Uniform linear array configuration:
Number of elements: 4
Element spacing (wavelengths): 0.25
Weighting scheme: hamming
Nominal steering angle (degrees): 0
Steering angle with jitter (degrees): -0.7874
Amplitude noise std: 0.05
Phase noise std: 0.05

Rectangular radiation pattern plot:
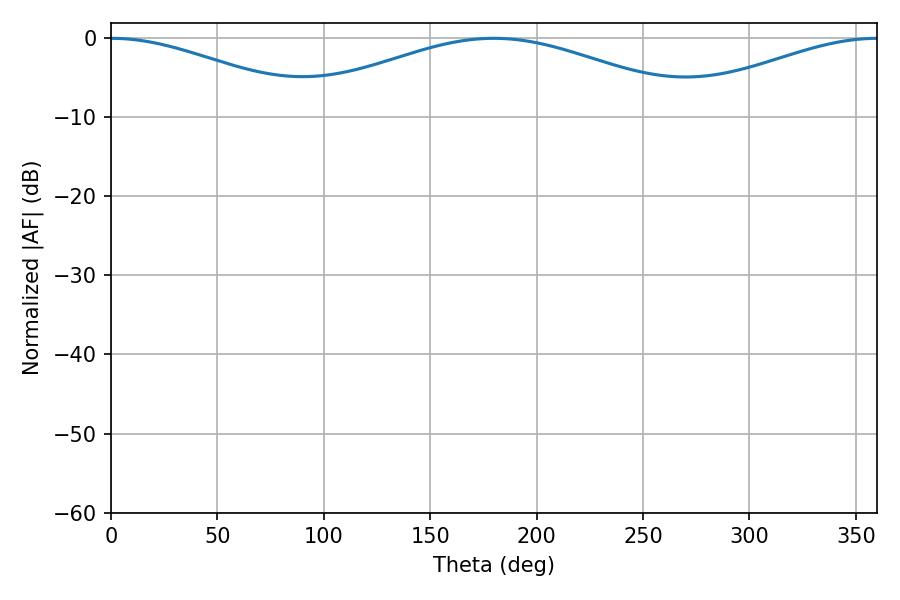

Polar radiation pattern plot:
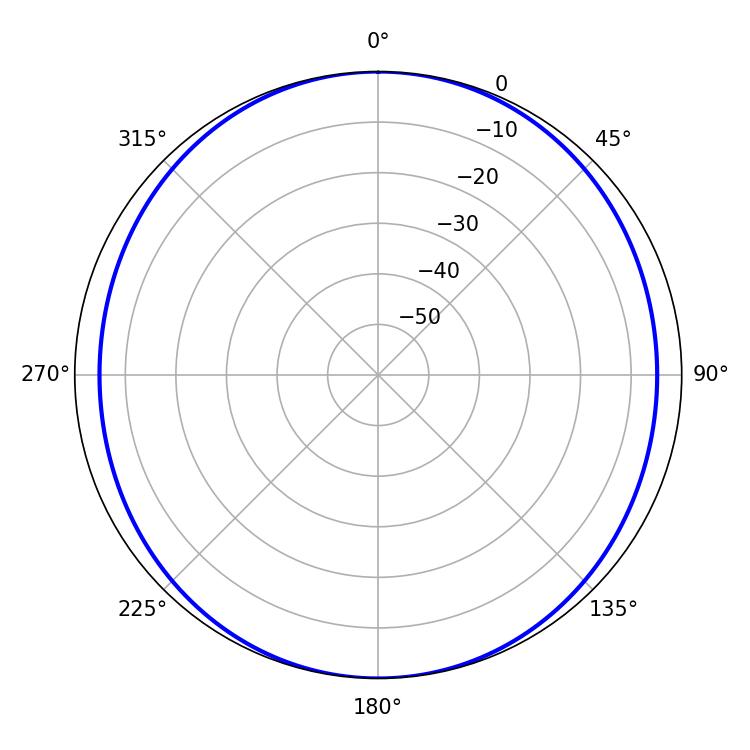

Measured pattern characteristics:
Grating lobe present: FALSE
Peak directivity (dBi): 24.577
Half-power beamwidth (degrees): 52.38
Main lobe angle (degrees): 0.18